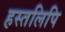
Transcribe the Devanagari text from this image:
हस्‍तलिपि